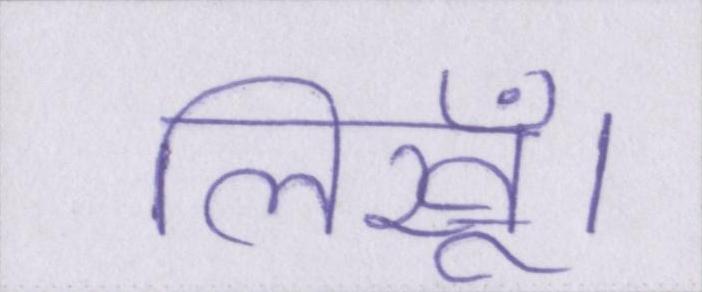
लिखूँ।